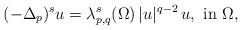
LaTeX: \begin{align*}(-\Delta_p)^s u=\lambda^s_{p,q}(\Omega)\, |u|^{q-2}\, u,\mbox{ in }\Omega,\end{align*}